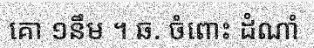
គោ ១នឹម ។ ឆ. ចំពោះ ដំណាំ